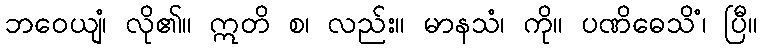
ဘဝေယျံ၊ လို၏။ ဣတိ စ၊ လည်း။ မာနသံ၊ ကို။ ပဏိဓေသိံ၊ ပြီ။